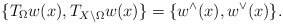
\begin{align*}\{T_{\Omega} w(x), T_{X\setminus\Omega}w(x)\}=\{w^{\wedge}(x), w^{\vee}(x)\}.\end{align*}